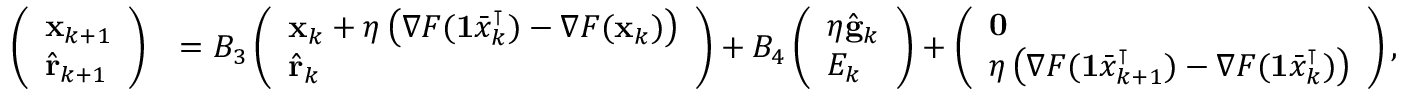
\begin{array} { r l } { \left( \begin{array} { l } { \mathbf { x } _ { k + 1 } } \\ { \hat { \mathbf { r } } _ { k + 1 } } \end{array} \right) } & { = B _ { 3 } \left( \begin{array} { l } { \mathbf { x } _ { k } + \eta \left( \nabla F ( \mathbf { 1 } \bar { x } _ { k } ^ { \intercal } ) - \nabla F ( \mathbf { x } _ { k } ) \right) } \\ { \hat { \mathbf { r } } _ { k } } \end{array} \right) + B _ { 4 } \left( \begin{array} { l } { \eta \hat { \mathbf { g } } _ { k } } \\ { E _ { k } } \end{array} \right) + \left( \begin{array} { l } { \mathbf { 0 } } \\ { \eta \left( \nabla F ( \mathbf { 1 } \bar { x } _ { k + 1 } ^ { \intercal } ) - \nabla F ( \mathbf { 1 } \bar { x } _ { k } ^ { \intercal } ) \right) } \end{array} \right) , } \end{array}